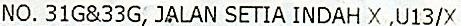
NO. 31G&33G, JALAN SETIA INDAH X ,U13/X